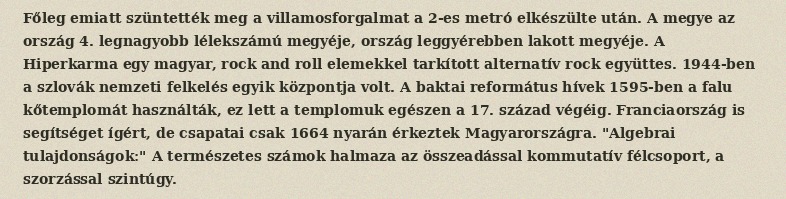
Főleg emiatt szüntették meg a villamosforgalmat a 2-es metró elkészülte után. A megye az ország 4. legnagyobb lélekszámú megyéje, ország leggyérebben lakott megyéje. A Hiperkarma egy magyar, rock and roll elemekkel tarkított alternatív rock együttes. 1944-ben a szlovák nemzeti felkelés egyik központja volt. A baktai református hívek 1595-ben a falu kőtemplomát használták, ez lett a templomuk egészen a 17. század végéig. Franciaország is segítséget ígért, de csapatai csak 1664 nyarán érkeztek Magyarországra. "Algebrai tulajdonságok:" A természetes számok halmaza az összeadással kommutatív félcsoport, a szorzással szintúgy.